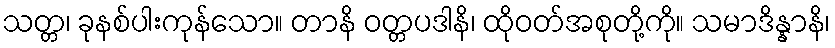
သတ္တ၊ ခုနစ်ပါးကုန်သော။ တာနိ ဝတ္တပဒါနိ၊ ထိုဝတ်အစုတို့ကို။ သမာဒိန္နာနိ၊